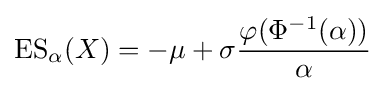
\operatorname {ES} _{\alpha }(X)=-\mu +\sigma {\frac {\varphi (\Phi ^{-1}(\alpha ))}{\alpha }}